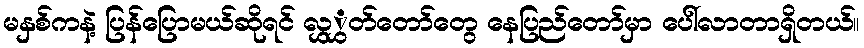
မနှစ်ကနဲ့ ပြန်ပြောမယ်ဆိုရင် လွှွှတ်တော်တွေ နေပြည်တော်မှာ ပေါ်လာတာရှိတယ်။